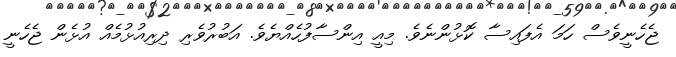
ޖެހެނީވެސް ހަމަ އެފައިސާ ކޮޅުންނެވެ. މިއީ އިންސާފުހެއްޔެވެ. އަބުރުވެރި ދިރިއުޅުމެއް އުޅެން ޖެހެނީ